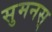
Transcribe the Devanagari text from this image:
सुमनस्‌